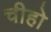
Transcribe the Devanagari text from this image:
चीहो